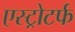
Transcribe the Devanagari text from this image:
एस्ट्रोटर्फ